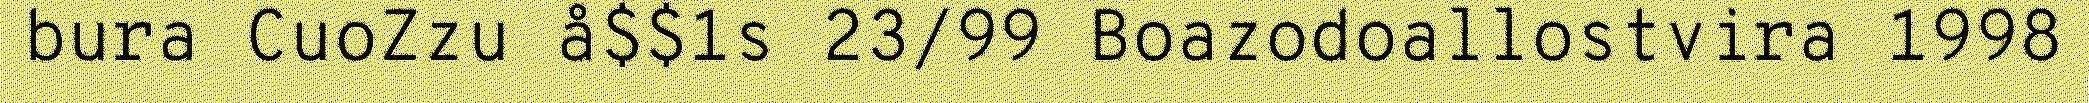
bura CuoZzu å$$1s 23/99 Boazodoallostvira 1998